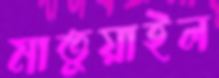
মাতুয়াইল